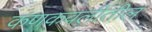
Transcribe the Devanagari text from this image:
कणकवलीतील